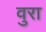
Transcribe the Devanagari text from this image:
वुरा